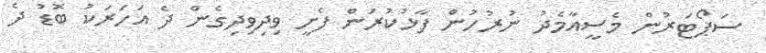
ސަޕޯޓަރުން މެސީއާމެދު ނުރުހުން ފާޅުކުރަން ފެށީ ވިދިވިދިގެން ދެ އަހަރަކު ބޮޑު ދެ